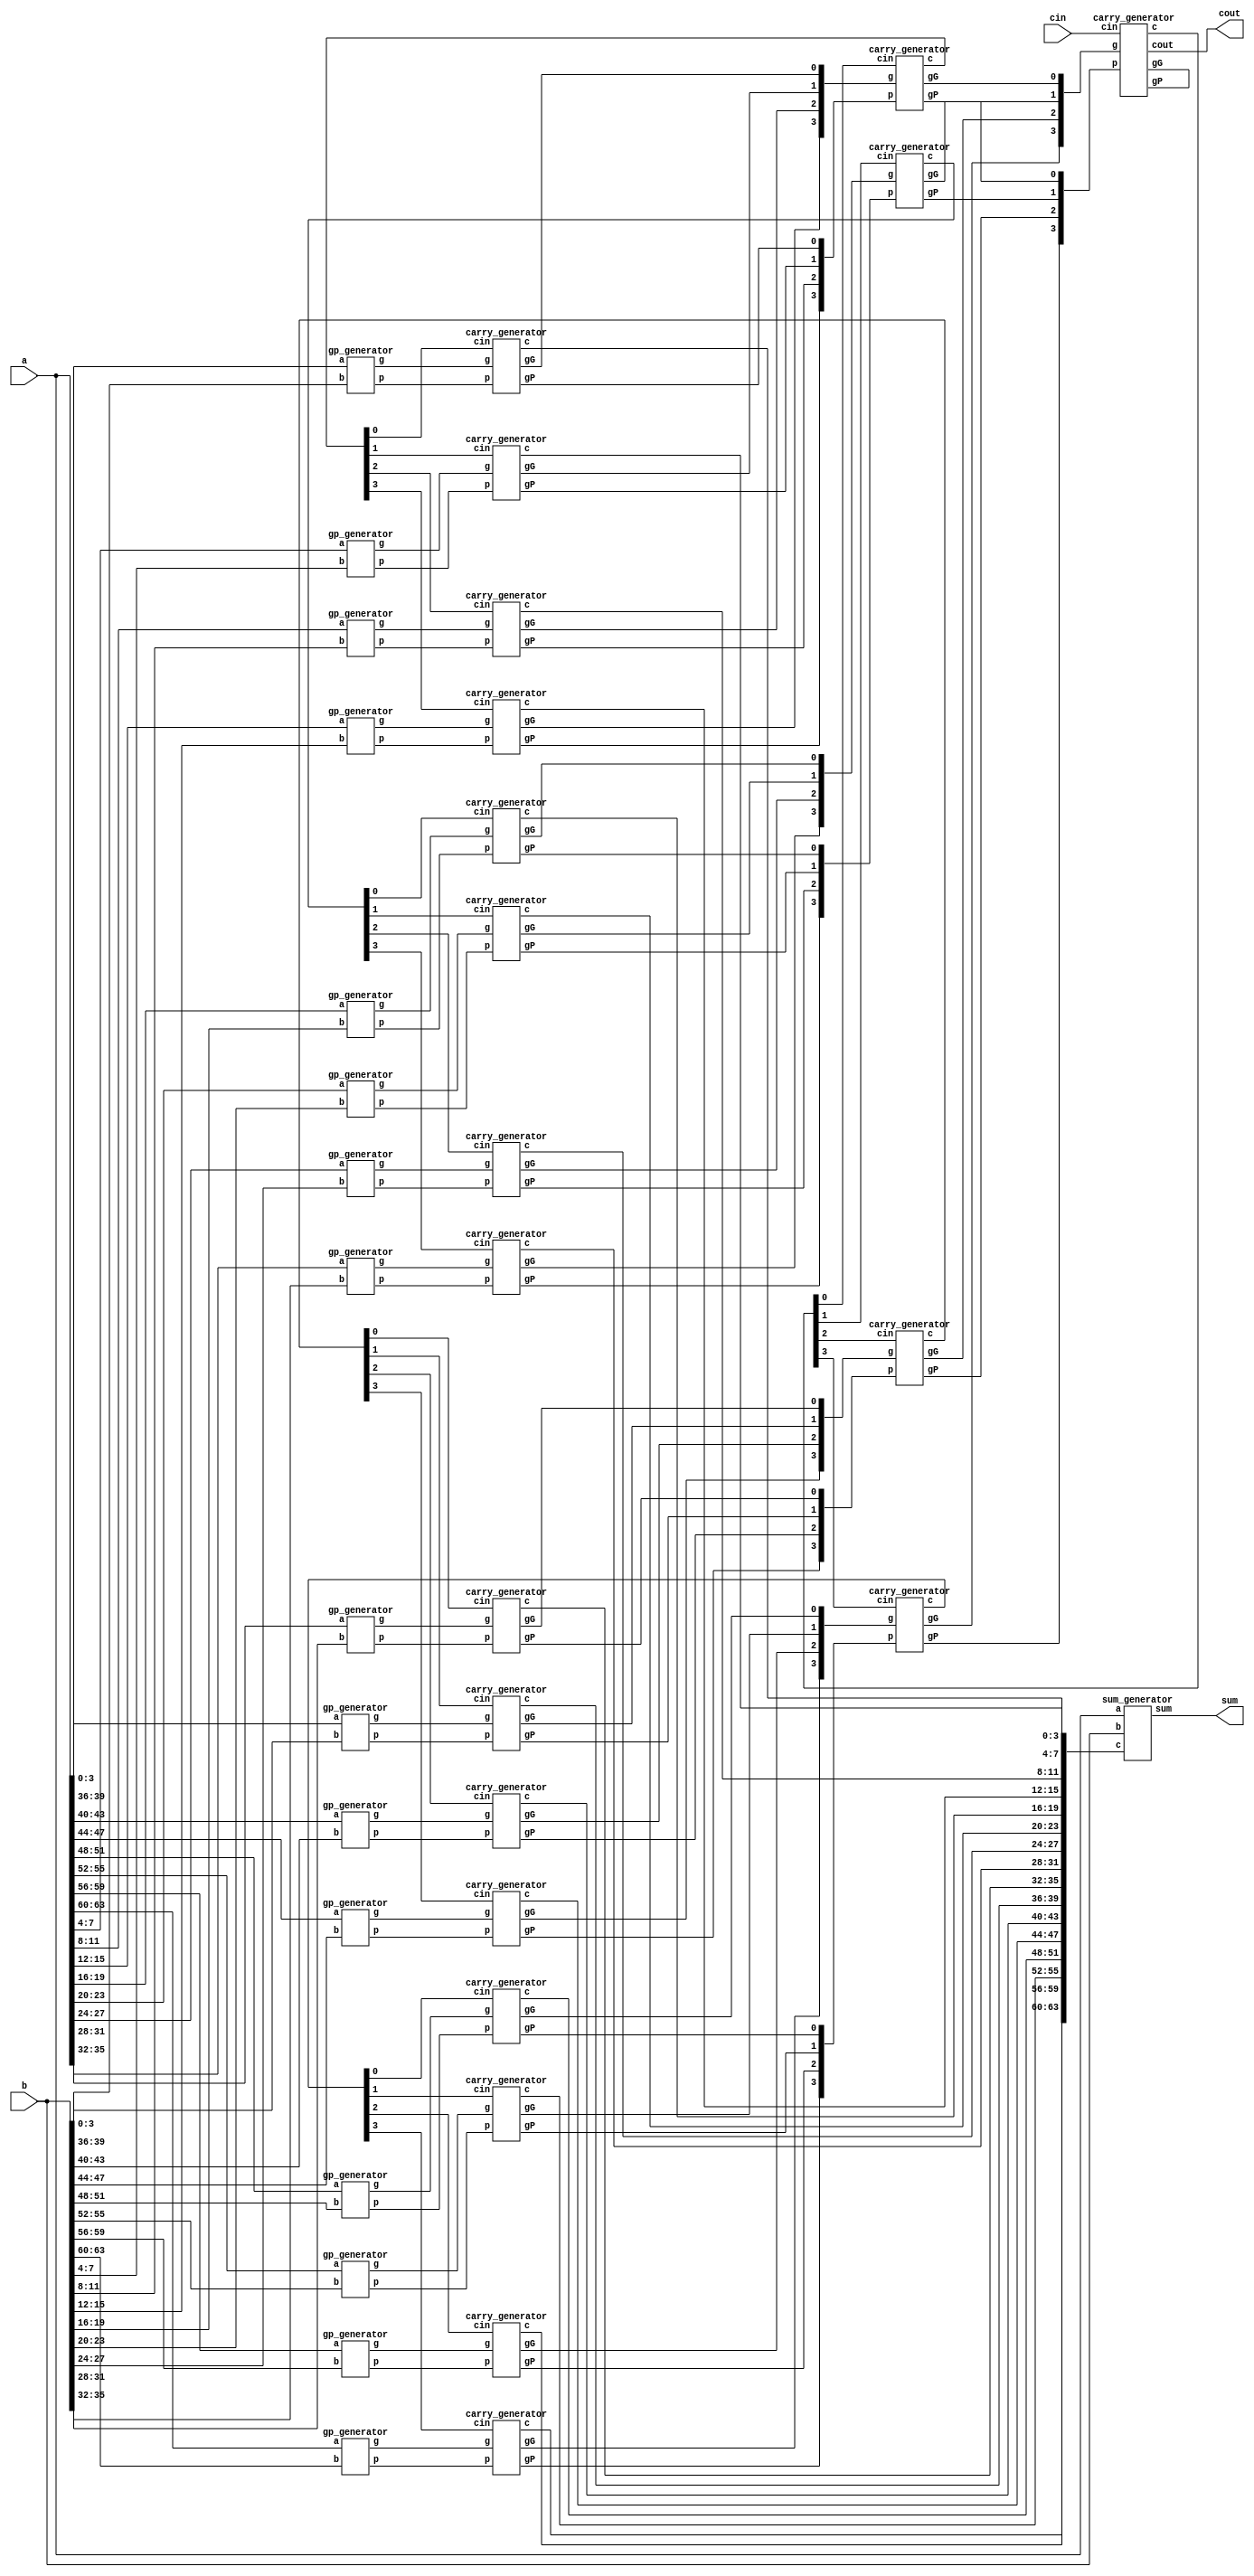
module CLA_64bit(a,b,cin,sum,cout);
    input [63:0] a,b;
    input cin;
    output [63:0] sum;
    output cout;
    
    //Write down your design here
    wire [3:0] GG,PP;
	wire [15:0] gG, gP;
	wire [63:0] g, p;
	wire [63:0] c;
    wire [15:0] c4x;
    wire [3:0] c16x;

	gp_generator gp_generate1( a[3:0]   ,b[3:0]  ,g[3:0]  ,p[3:0]);
    gp_generator gp_generate2( a[7:4]   ,b[7:4]  ,g[7:4]  ,p[7:4]);
    gp_generator gp_generate3( a[11:8]  ,b[11:8] ,g[11:8] ,p[11:8]);
    gp_generator gp_generate4( a[15:12] ,b[15:12],g[15:12],p[15:12]);
    gp_generator gp_generate5( a[19:16] ,b[19:16],g[19:16],p[19:16]);
    gp_generator gp_generate6( a[23:20] ,b[23:20],g[23:20],p[23:20]);
    gp_generator gp_generate7( a[27:24] ,b[27:24],g[27:24],p[27:24]);
    gp_generator gp_generate8( a[31:28] ,b[31:28],g[31:28],p[31:28]);
    gp_generator gp_generate9( a[35:32] ,b[35:32],g[35:32],p[35:32]);
    gp_generator gp_generate10( a[39:36],b[39:36],g[39:36],p[39:36]);
    gp_generator gp_generate11( a[43:40],b[43:40],g[43:40],p[43:40]);
    gp_generator gp_generate12( a[47:44],b[47:44],g[47:44],p[47:44]);
    gp_generator gp_generate13( a[51:48],b[51:48],g[51:48],p[51:48]);
    gp_generator gp_generate14( a[55:52],b[55:52],g[55:52],p[55:52]);
    gp_generator gp_generate15( a[59:56],b[59:56],g[59:56],p[59:56]);
    gp_generator gp_generate16( a[63:60],b[63:60],g[63:60],p[63:60]);
	
	carry_generator gGgP1_1( g[3:0]  ,p[3:0]  ,c4x[0] ,c[3:0]  ,gG[0],gP[0],);
	carry_generator gGgP1_2( g[7:4]  ,p[7:4]  ,c4x[1] ,c[7:4]  ,gG[1],gP[1],);
	carry_generator gGgP1_3( g[11:8] ,p[11:8] ,c4x[2] ,c[11:8] ,gG[2],gP[2],);
	carry_generator gGgP1_4( g[15:12],p[15:12],c4x[3] ,c[15:12],gG[3],gP[3],);
	carry_generator gGgP2_1( g[19:16],p[19:16],c4x[4] ,c[19:16],gG[4],gP[4],);
	carry_generator gGgP2_2( g[23:20],p[23:20],c4x[5] ,c[23:20],gG[5],gP[5],);
	carry_generator gGgP2_3( g[27:24],p[27:24],c4x[6] ,c[27:24],gG[6],gP[6],);
	carry_generator gGgP2_4( g[31:28],p[31:28],c4x[7] ,c[31:28],gG[7],gP[7],);
	carry_generator gGgP3_1( g[35:32],p[35:32],c4x[8] ,c[35:32],gG[8],gP[8],);
	carry_generator gGgP3_2( g[39:36],p[39:36],c4x[9] ,c[39:36],gG[9],gP[9],);
	carry_generator gGgP3_3( g[43:40],p[43:40],c4x[10],c[43:40],gG[10],gP[10],);
	carry_generator gGgP3_4( g[47:44],p[47:44],c4x[11],c[47:44],gG[11],gP[11],);
	carry_generator gGgP4_1( g[51:48],p[51:48],c4x[12],c[51:48],gG[12],gP[12],);
	carry_generator gGgP4_2( g[55:52],p[55:52],c4x[13],c[55:52],gG[13],gP[13],);
	carry_generator gGgP4_3( g[59:56],p[59:56],c4x[14],c[59:56],gG[14],gP[14],);
	carry_generator gGgP4_4( g[63:60],p[63:60],c4x[15],c[63:60],gG[15],gP[15],);
	
	carry_generator GGPPx1( gG[3:0]  ,gP[3:0]  ,c16x[0],c4x[3:0]  ,GG[0],PP[0],);
	carry_generator GGPPx2( gG[7:4]  ,gP[7:4]  ,c16x[1],c4x[7:4]  ,GG[1],PP[1],);
	carry_generator GGPPx3( gG[11:8] ,gP[11:8] ,c16x[2],c4x[11:8] ,GG[2],PP[2],);
	carry_generator GGPPx4( gG[15:12],gP[15:12],c16x[3],c4x[15:12],GG[3],PP[3],);

	carry_generator carry_c16x1(GG[3:0],PP[3:0],cin,c16x[3:0], , ,cout);
		
    sum_generator sum_gen1( a   ,b  ,c  ,sum);

endmodule

module gp_generator(a,b,g,p);

    input [3:0] a,b;
    output [3:0] g,p;

    assign g = a & b;
    assign p = a | b;

endmodule

module carry_generator(g,p,cin,c,gG,gP,cout);

    input [3:0] g,p;
    input cin;
    output gG,gP;
    output [3:0] c;
    output cout;

	assign gG = g[3] | (p[3] & g[2]) | (p[3] & p[2] & g[1]) | (p[3] & p[2] & p[1] & g[0]);
	assign gP = p[3] & p[2] & p[1] & p[0];

    assign c[0] = cin;
    assign c[1] = g[0] | (p[0] & cin);
    assign c[2] = g[1] | (p[1] & g[0]) | (p[1] & p[0] & cin);
    assign c[3] = g[2] | (p[2] & g[1]) | (p[2] & p[1] & g[0]) | (p[2] & p[1] & p[0] & cin);
    assign cout = g[3] | (p[3] & g[2]) | (p[3] & p[2] & g[1]) | (p[3] & p[2] & p[1] & g[0]) | (p[3] & p[2] & p[1] & p[0] & cin);

endmodule

module sum_generator(a,b,c,sum);

    input [63:0] a,b;
    input [63:0] c;
    output [63:0] sum;

    assign sum = a ^ b ^ c;

endmodule